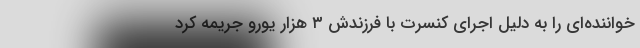
خواننده‌ای را به دلیل اجرای کنسرت با فرزندش ۳ هزار یورو جریمه کرد